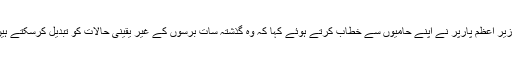
انتخابات کی رات فتح کے امکانات نمایاں ہونے پر وزیر اعظم پارپر نے اپنے حامیوں سے خطاب کرتے ہوئے کہا کہ وہ گذشتہ سات برسوں کے غیر یقینی حالات کو تبدیل کرسکتے ہیں اور اب کینیڈا پر کینیڈا کے عوام کی حکومت ہوگی۔